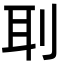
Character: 刵